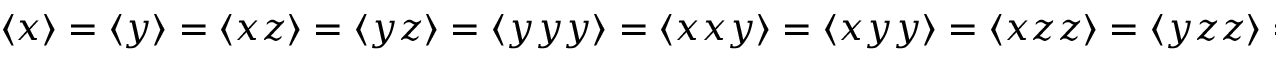
\begin{array} { r } { \langle x \rangle = \langle y \rangle = \langle x z \rangle = \langle y z \rangle = \langle y y y \rangle = \langle x x y \rangle = \langle x y y \rangle = \langle x z z \rangle = \langle y z z \rangle = 0 } \end{array}